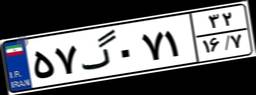
۵۷گ۰۷۱۳۲